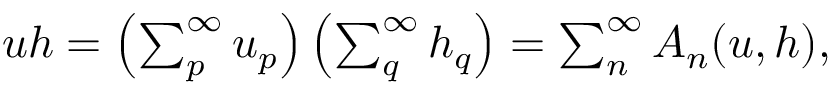
\begin{array} { r } { u h = \left( \sum _ { p } ^ { \infty } u _ { p } \right) \left( \sum _ { q } ^ { \infty } h _ { q } \right) = \sum _ { n } ^ { \infty } A _ { n } ( u , h ) , } \end{array}